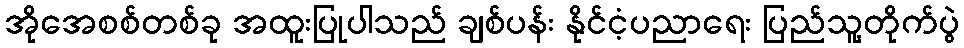
အိုအေစစ်တစ်ခု အထူးပြုပါသည် ချစ်ပန်း နိုင်ငံ့ပညာရေး ပြည်သူ့တိုက်ပွဲ